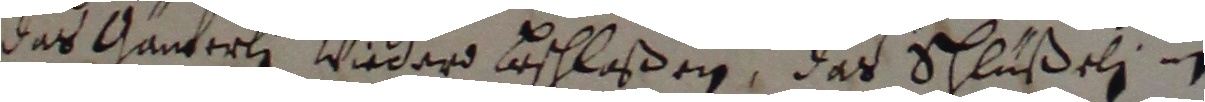
das Ganterli wiedard beschlaßen, das schlußeli in